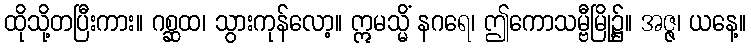
ထိုသို့တပြီးကား။ ဂစ္ဆထ၊ သွားကုန်လော့။ ဣမသ္မိံ နဂရေ၊ ဤကောသမ္ဗီမြို့၌။ အဇ္ဇ၊ ယနေ့။